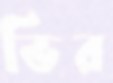
ভির